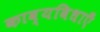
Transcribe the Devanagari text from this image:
काव्यविधाएँ